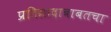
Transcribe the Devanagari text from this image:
प्रतिसादाबाबतचा